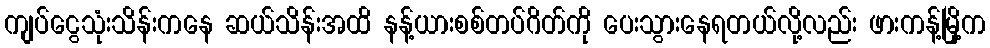
ကျပ်ငွေသုံးသိန်းကနေ ဆယ်သိန်းအထိ နန့်ယားစစ်တပ်ဂိတ်ကို ပေးသွားနေရတယ်လို့လည်း ဖားကန့်မြို့က